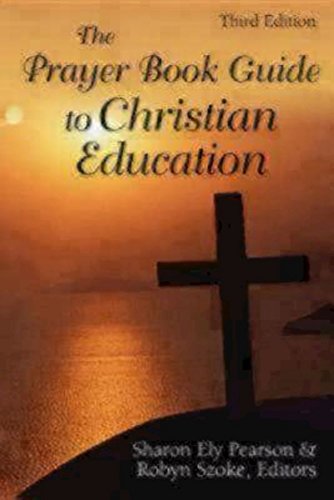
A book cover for The Prayer Book Guide to Christian Education, Third Edition; Christian Books & Bibles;